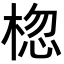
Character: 𪲨